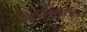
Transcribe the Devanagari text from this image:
होरावृत्तावरील